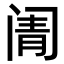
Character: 𬮬